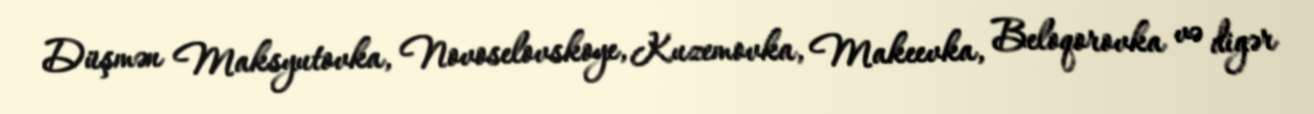
Düşmən Maksyutovka, Novoselovskoye, Kuzemovka, Makeevka, Beloqorovka və digər